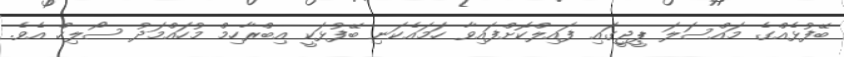
ބޭފުޅެއްގެ މައްސަލަ ޕީޖީގައި ފައިލްކޮށްފައިވާ ހަމައެކަނި ބޭފުޅަކީ އިބްރާހިމް މުހައްމަދު ސޯލިހް އެވެ.